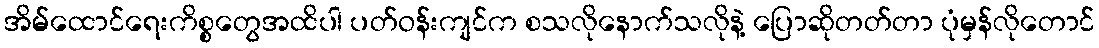
အိမ်ထောင်ရေးကိစ္စတွေအထိပါ ပတ်ဝန်းကျင်က စသလိုနောက်သလိုနဲ့ ပြောဆိုတတ်တာ ပုံမှန်လိုတောင်